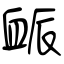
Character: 衇